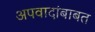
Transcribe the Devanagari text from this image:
अपवादांबाबत